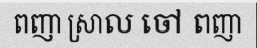
ពញា ស្រាល ចៅ ពញា